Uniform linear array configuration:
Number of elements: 64
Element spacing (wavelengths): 1
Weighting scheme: blackman
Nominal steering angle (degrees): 60
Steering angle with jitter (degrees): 61.128
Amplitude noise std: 0.05
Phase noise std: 0.05

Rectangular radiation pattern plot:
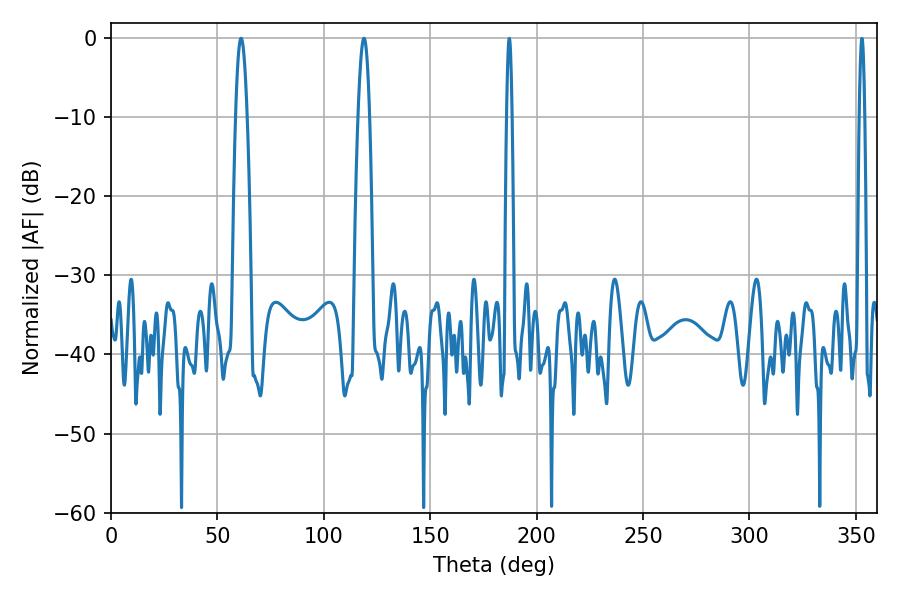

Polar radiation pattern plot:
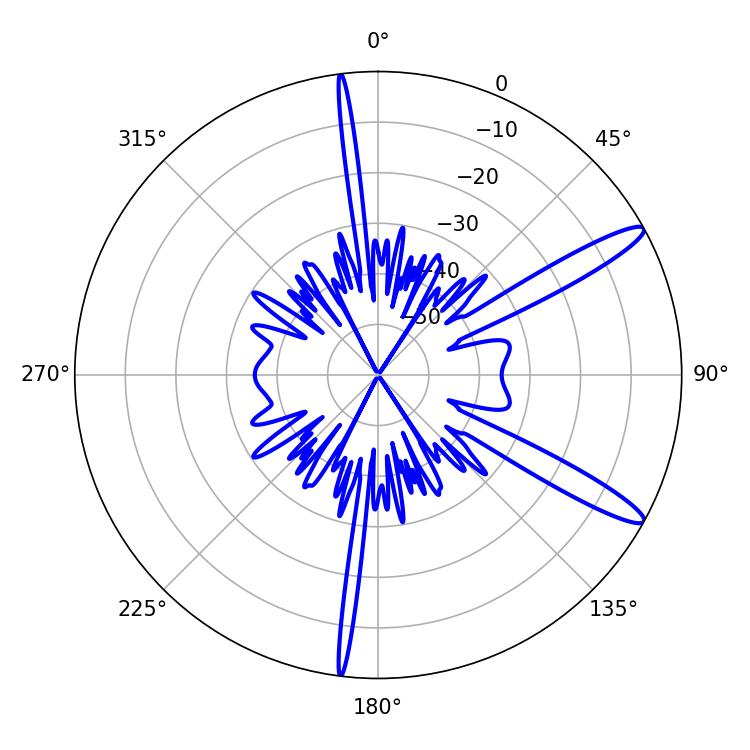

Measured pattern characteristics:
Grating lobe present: TRUE
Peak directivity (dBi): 13.333
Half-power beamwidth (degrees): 2.88
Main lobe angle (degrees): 118.8